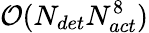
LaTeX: \mathcal{O}(N_{det}N_{act}^{8})